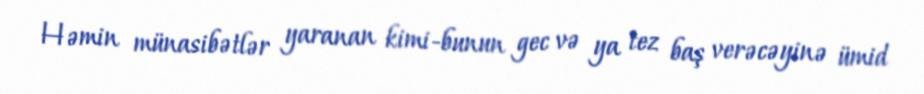
Həmin münasibətlər yaranan kimi-bunun gec və ya tez baş verəcəyinə ümid